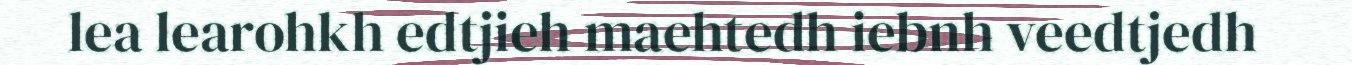
lea learohkh edtjieh maehtedh iebnh veedtjedh